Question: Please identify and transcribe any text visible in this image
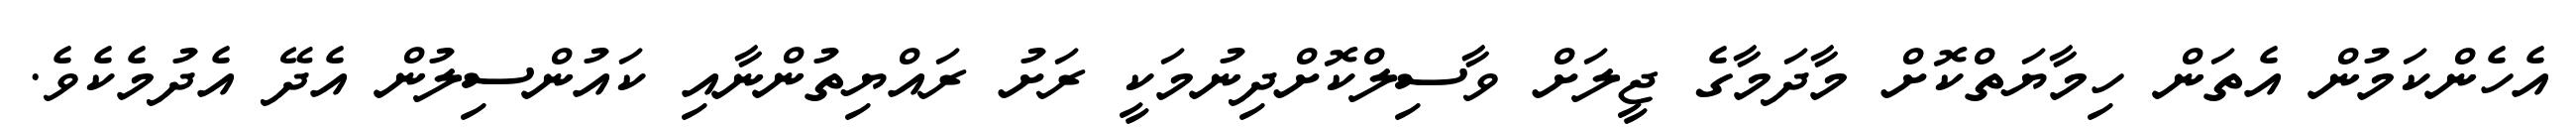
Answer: އެހެންކަމުން އެތަން ހިމާޔަތްކޮށް މާދަމާގެ ޖީލަށް ވާސިލްކޮށްދިނުމަކީ ރަށު ރައްޔިތުންނާއި ކައުންސިލުން އެދޭ އެދުމެކެވެ.